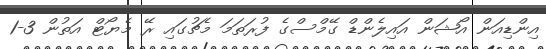
އިންޑިއަން އޯޝަން އައިލެންޑް ގޭމްސްގެ ފުރަތަމަ މެޗުގައި ރޭ މެޔޯޓް އަތުން 3-1